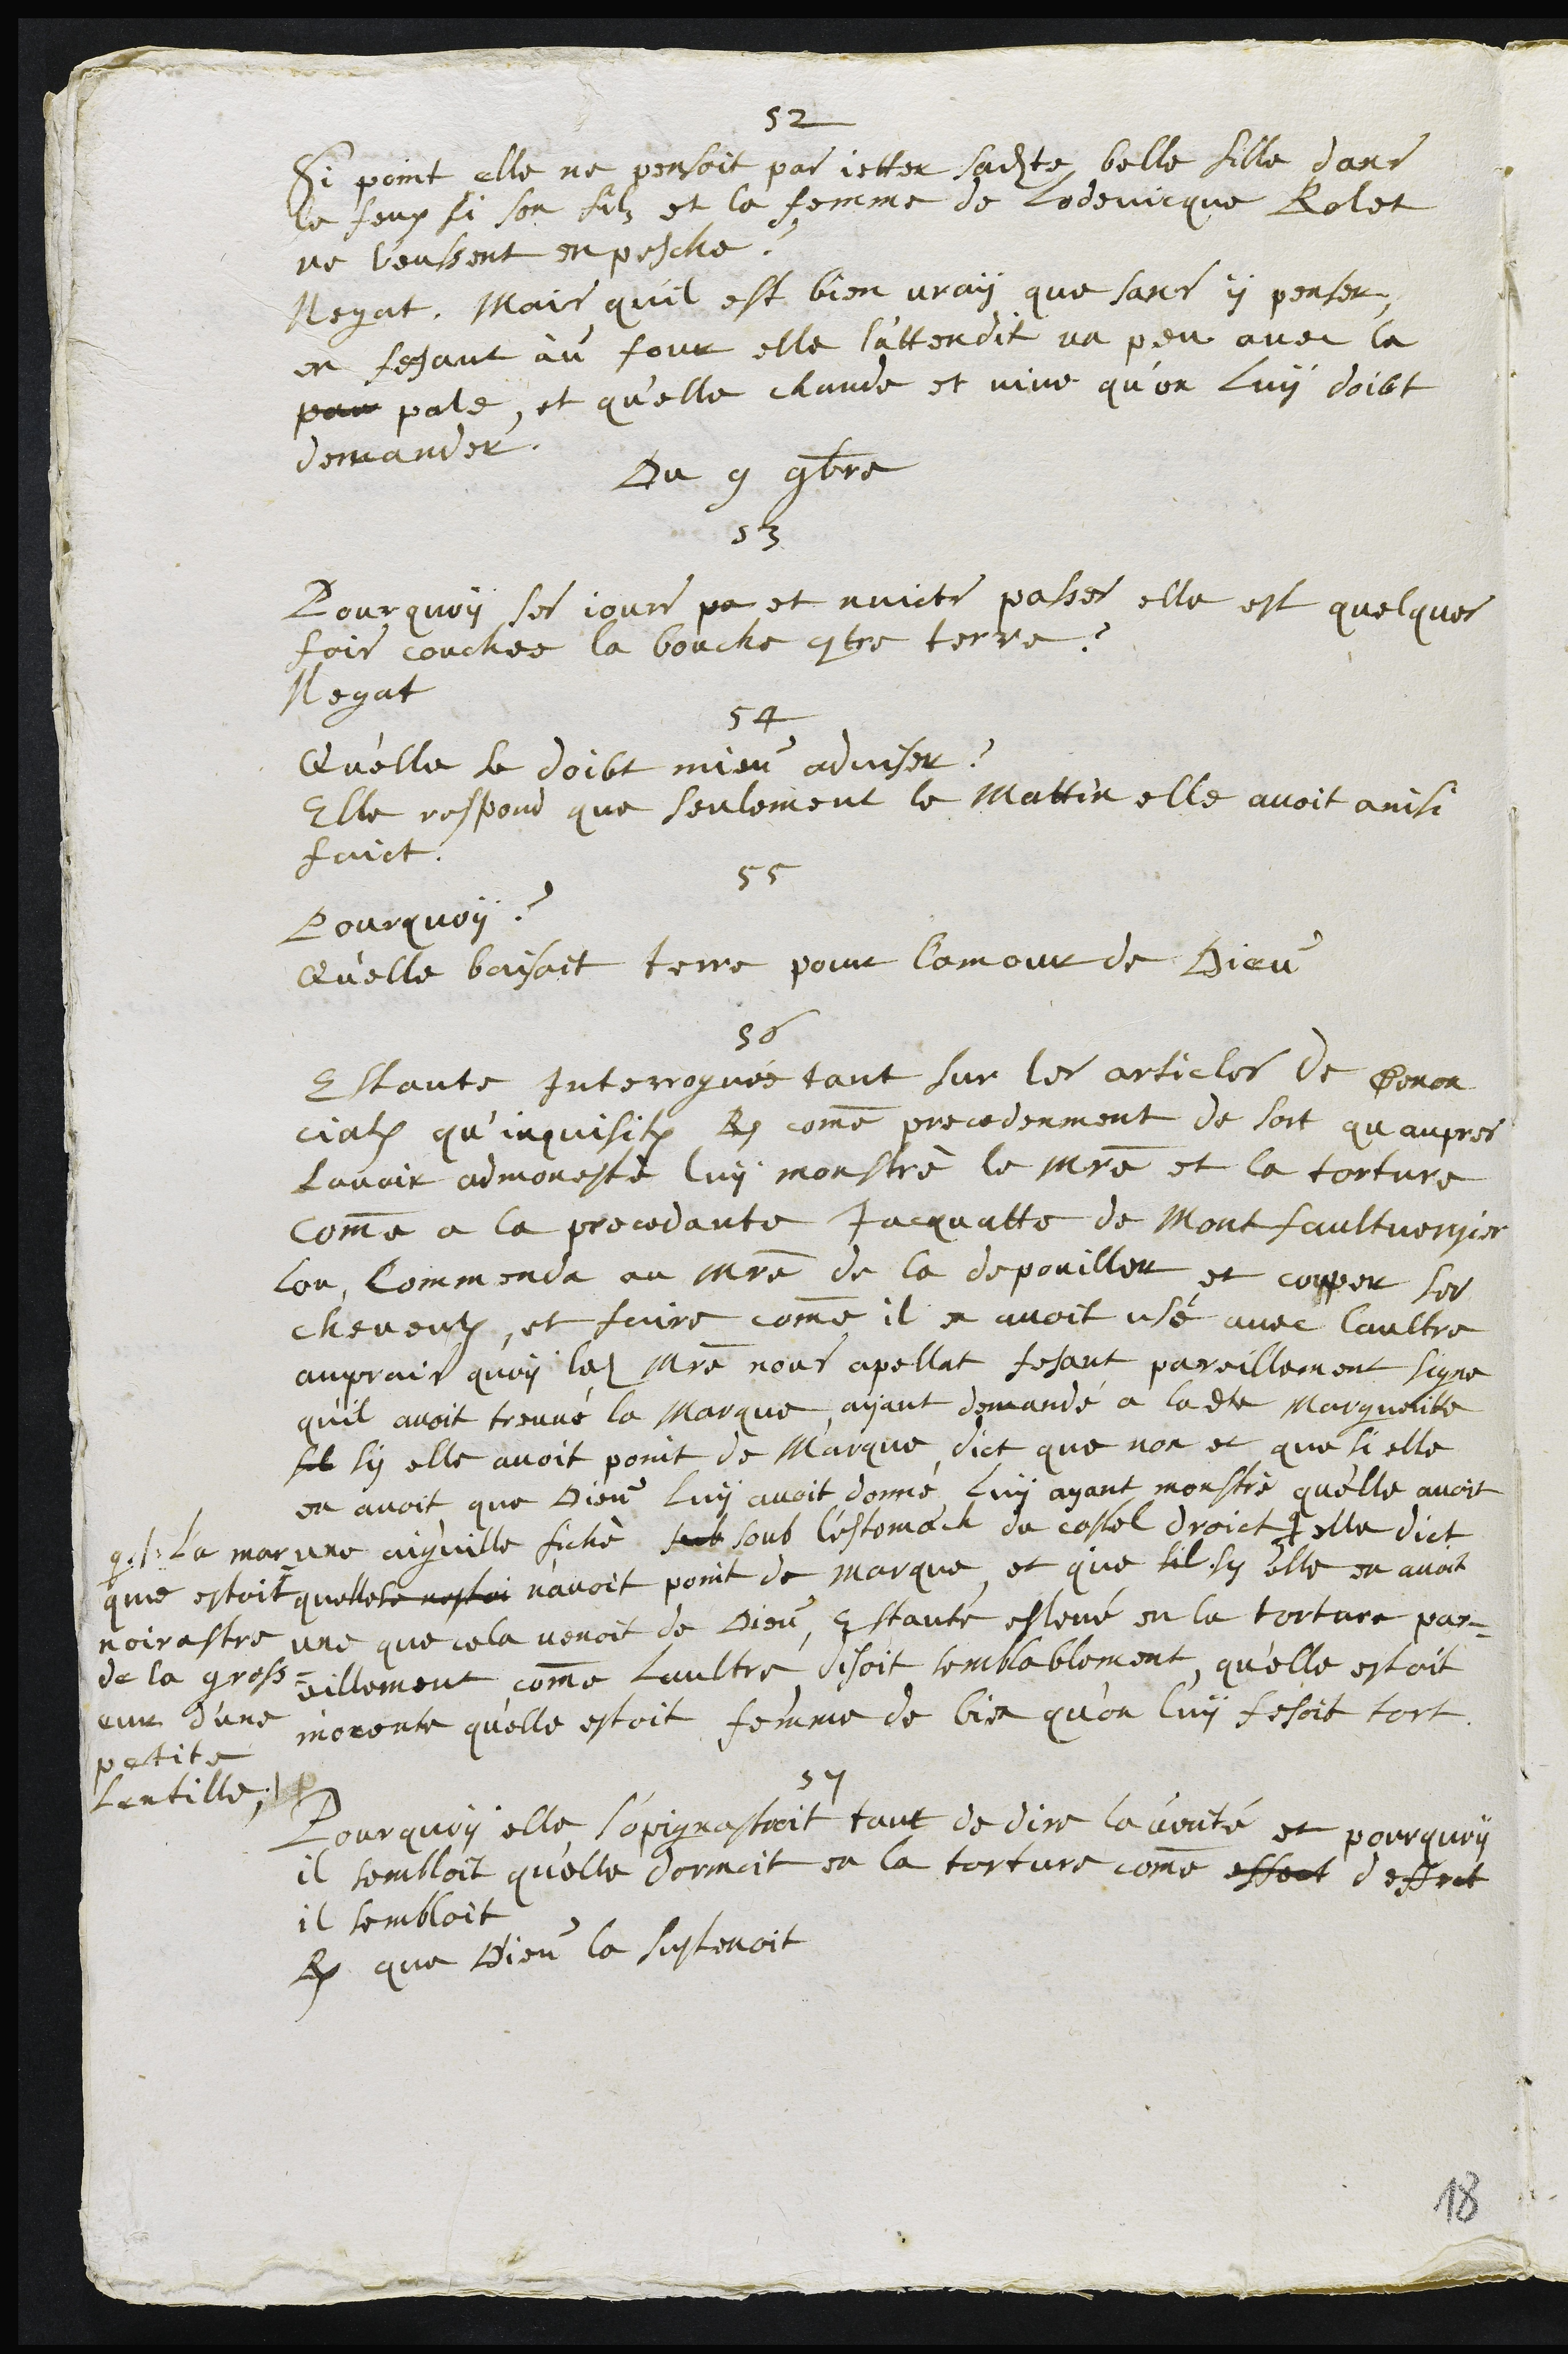
52
Si point elle ne pensoit pas jetter sadite belle fille dans
le feux si son filz et la femme de Lodevicque Rolet
ne l'eussent enpesche ?
Negat. Mais qu’il est bien vray que sans y penser
en fesant au four elle l'attendit un peu avec la
par pate, et qu'elle chaude et vive qu’on luy doibt
demander
Du 9 9bre
53
Pourquoy ses jours pa et nuicts passes elle est quelques
fois couchee la bouche contre terre ?
Negat
54
Qu'elle se doibt mieu adviser ?
Elle respond que seulement le mattin elle avoit ainsi
faict.
55
Pourquoy ?
Qu'elle baisoit terre pour l'amour de Dieu
56
Estante Interroguée tant sur les articles de Denon
ciations qu'inquisition R. comme precedenment de sort qu’aupres
lavoir admonesté luy monstré le maistre et la torture
comme a la precedante Jacquatte de Montfaultvergier
lon commenda au maistre de la depouiller et couper ses
cheveulx, et faire comme il en avoit usé avec laultre
auprais quoy ledit maistre nous appellat fesant pareillement signe
qu'il avoit trouvé la marque, ayant demandé a ladite Margueritte
sil sy elle avoit point de Marque, dict que non et que si elle
en avoit que Dieu luy avoit donné, Luy ayant monstré qu'elle avoit
une aiguille fiché sub soub l'estomach de costel droict #
# La mar¬
que estoit
noirastre
de la gross¬
eur d'une
petite
Lentille
elle dict
quelle se nestoi n'avoit point de marque et que sil sy elle en avoit
une que cela venoit de Dieu, Estante eslevé en la torture par¬
eillement comme laultre, disoit semblablement, qu’elle estoit
inocente qu'elle estoit femme de bis qu'on luy fesoit tort
57
Pourquoy elle s'opignastroit tant de dire la vérité et pourquoy
il sembloit qu'elle dormoit en la torture comme effort deffect
il sembloit
R. que Dieu la sustenoit
18